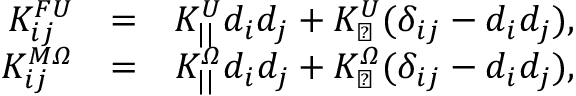
\begin{array} { r l r } { K _ { i j } ^ { F U } } & { = } & { K _ { | | } ^ { U } d _ { i } d _ { j } + K _ { \perp } ^ { U } ( \delta _ { i j } - d _ { i } d _ { j } ) , } \\ { K _ { i j } ^ { M \itOmega } } & { = } & { K _ { | | } ^ { \itOmega } d _ { i } d _ { j } + K _ { \perp } ^ { \itOmega } ( \delta _ { i j } - d _ { i } d _ { j } ) , } \end{array}